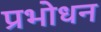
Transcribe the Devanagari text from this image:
प्रभोधन